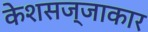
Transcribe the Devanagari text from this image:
केशसज्जाकार